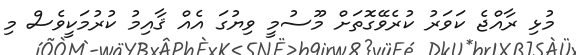
މުޅި ރާއްޖެ ކަވަރު ކުރެވޭގޮތަށް މޫސުމީ ވިޔުގަ އެއް ޤާއިމު ކުރުމަކީވެސް މި